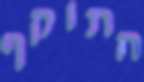
התוקף